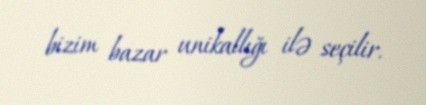
bizim bazar unikallığı ilə seçilir.